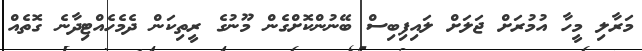
މަރާލި މީހާ އުމުރަށް ޖަލަށް ލައިފިބިސް ބޭނުންކޮށްގެން މޫނުގެ ރީތިކަން ދެމެހެއްޓިދާނެ ގޮތެއް